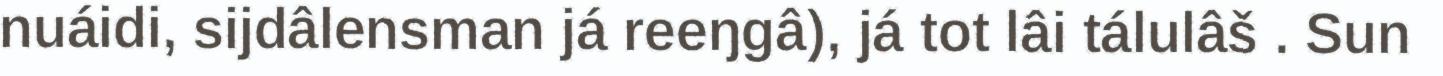
nuáidi, sijdâlensman já reeŋgâ), já tot lâi tálulâš . Sun